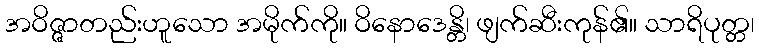
အဝိဇ္ဇာတည်းဟူသော အမိုက်ကို။ ဝိနောဒေန္တိ၊ ဖျက်ဆီးကုန်၏။ သာရိပုတ္တ၊